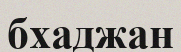
бхаджан